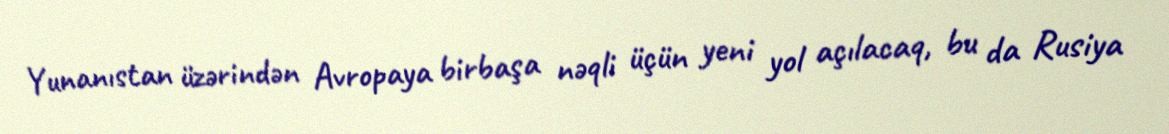
Yunanıstan üzərindən Avropaya birbaşa nəqli üçün yeni yol açılacaq, bu da Rusiya